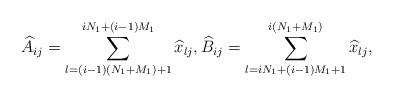
LaTeX: \begin{align*}\widehat{A}_{ij}=\sum^{iN_1+(i-1)M_1}_{l=(i-1)(N_1+M_1)+1}\widehat{x}_{lj},\widehat{B}_{ij}=\sum^{i(N_1+M_1)}_{l=iN_1+(i-1)M_1+1}\widehat{x}_{lj},\end{align*}